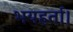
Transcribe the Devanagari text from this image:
भयहर्ता।